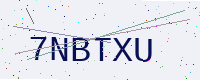
Text: 7NBTXU